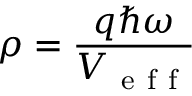
\rho = \frac { q \hbar \omega } { V _ { \mathrm { ~ e ~ f ~ f ~ } } }